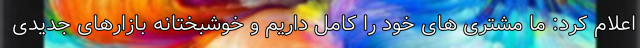
اعلام کرد: ما مشتری های خود را کامل داریم و خوشبختانه بازارهای جدیدی